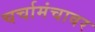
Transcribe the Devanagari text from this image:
चर्चामंचावर